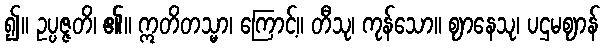
၍။ ဥပ္ပဇ္ဇတိ၊ ၏။ ဣတိတသ္မာ၊ ကြောင့်။ တီသု၊ ကုန်သော။ ဈာနေသု၊ ပဌမဈာန်